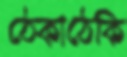
ঠেকাঠেকি